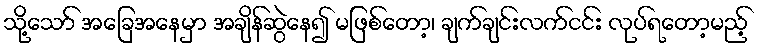
သို့သော် အခြေအနေမှာ အချိန်ဆွဲနေ၍ မဖြစ်တော့၊ ချက်ချင်းလက်ငင်း လုပ်ရတော့မည့်